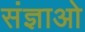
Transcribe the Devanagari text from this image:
संज्ञाओ